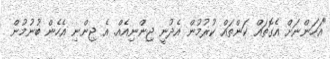
"އަހަންނަށް އެގޮތައް ކަންތައް ކުރުމުން އެދުނީ ޖިންނިއެއް. އެ ޖިންނި އެހެން ބުނުމުން